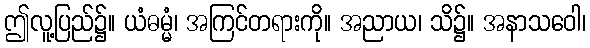
ဤလူ့ပြည်၌။ ယံဓမ္မံ၊ အကြင်တရားကို။ အညာယ၊ သိ၌။ အနာသဝေါ၊